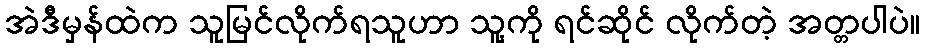
အဲဒီမှန်ထဲက သူမြင်လိုက်ရသူဟာ သူ့ကို ရင်ဆိုင် လိုက်တဲ့ အတ္တပါပဲ။